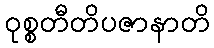
ဝုစ္စတီတိပဇာနာတိ